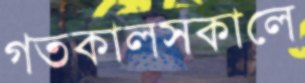
গতকালসকালে